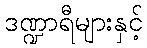
ဒဏ္ဍာရီများနှင့်